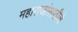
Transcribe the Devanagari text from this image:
महाराजांसाठीचे